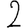
Digit: 2